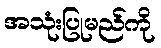
အသုံးပြုမည်ကို